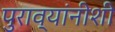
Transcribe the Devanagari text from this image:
पुराव्यांनीशी